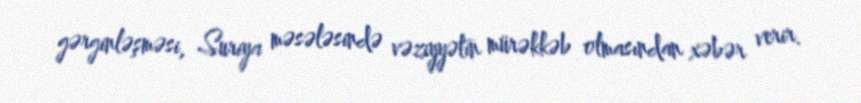
gərginləşməsi, Suriya məsələsində vəziyyətin mürəkkəb olmasından xəbər verir.